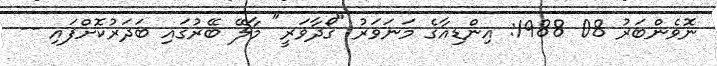
ނޮވެންބަރު 08 1988: އިންޑިއާގެ މަނަވަރު "ގޯދާވަރީ" މާލޭ ބޭރުގައި ބަދަރުކޮށްފައި --